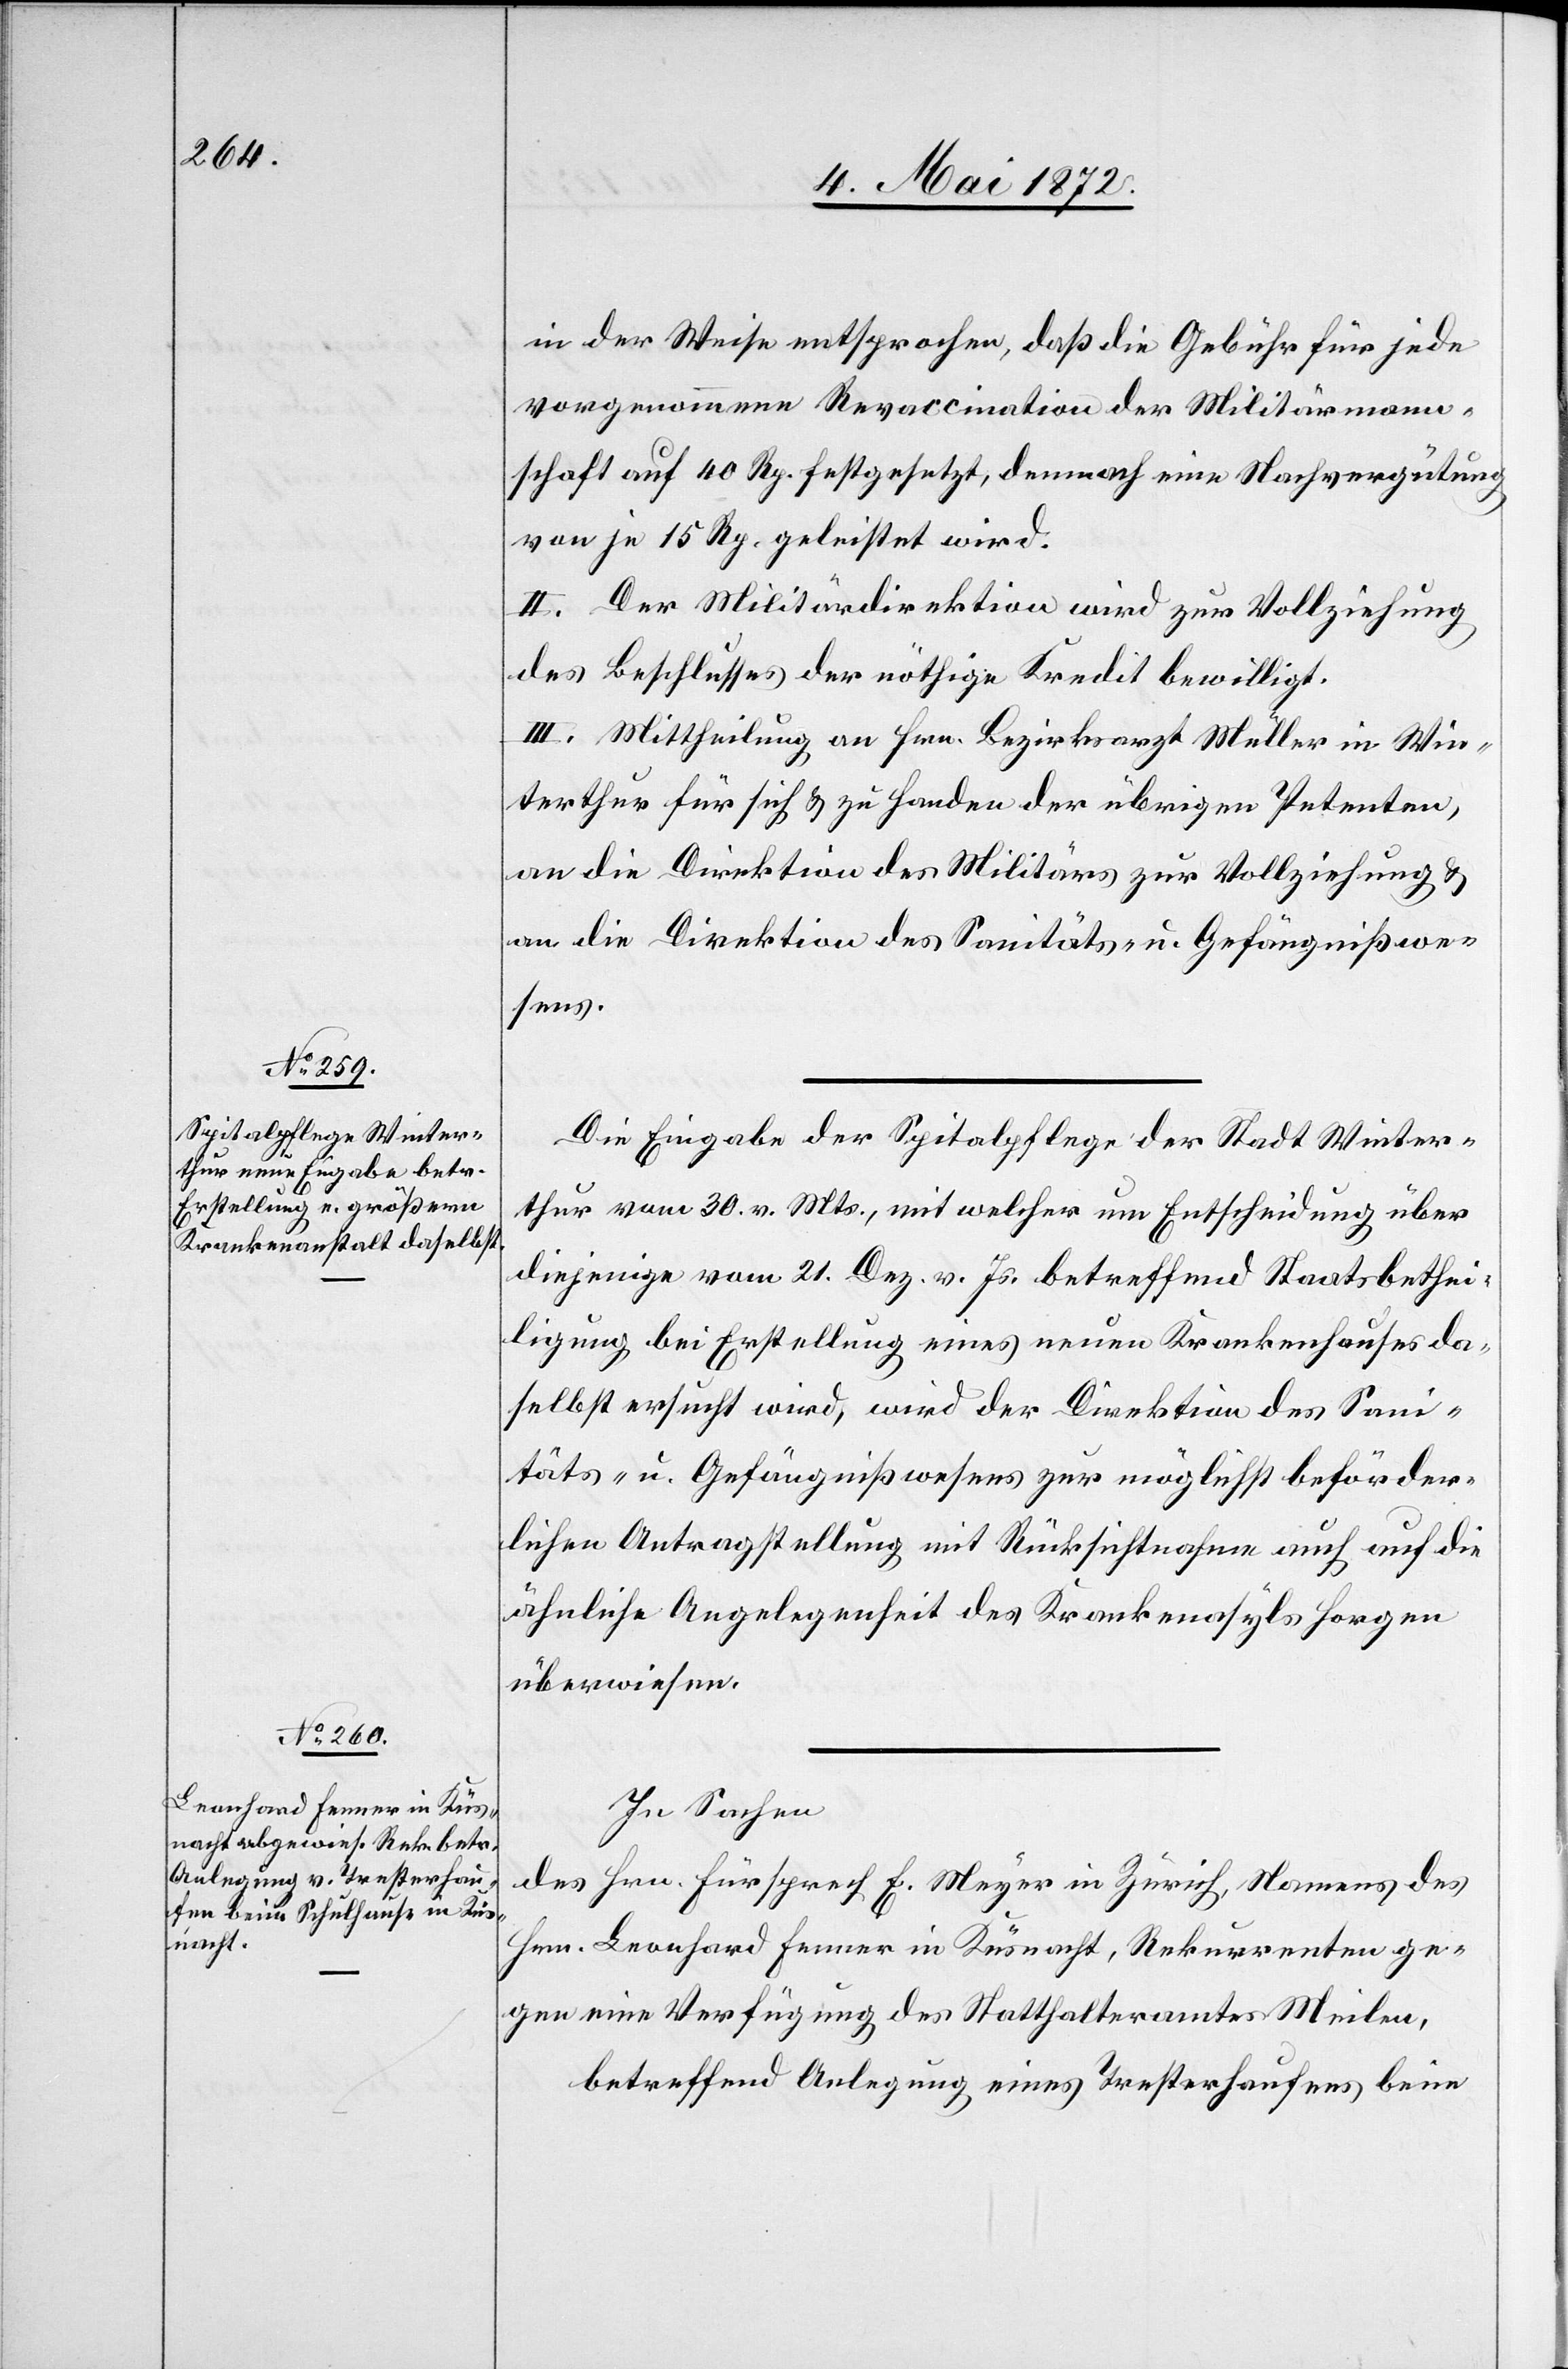
in der Weise entsprochen, daß die Gebühr für jede
vorgenommene Revaccination der Militärmann¬
schaft auf 40 Rp. festgesetzt, demnach eine Nachvergütung
von je 15 Rp. geleistet wird.
II. Der Militärdirektion wird zur Vollziehung
des Beschlusses der nöthige Kredit bewilligt.
III. Mittheilung an Hrn. Bezirksarzt Müller in Win¬
terthur für sich u. zu Handen der übrigen Petenten,
an die Direktion des Militärs zur Vollziehung u.
an die Direktion des Sanitäts- u. Gefängnißwe¬
sens.
Die Eingabe der Spitalpflege der Stadt Winter¬
thur vom 30. v. Mts., mit welcher um Entscheidung über
diejenige vom 21. Dez. v. Js. betreffend Staatsbethei¬
ligung bei Erstellung eines neuen Krankenhauses da¬
selbst ersucht wird, wird der Direktion des Sani¬
täts- u. Gefängnißwesens zur möglichst beförder¬
lichen Antragstellung mit Rücksichtnahme auch auf die
ähnliche Angelegenheit des Krankenasyls Horgen
überwiesen.
In Sachen
des Hrn. Fürsprech E. Meyer in Zürich, Namens des
Hrn. Leonhard Fenner in Küsnacht, Rekurrenten ge¬
gen eine Verfügung des Statthalteramtes Meilen,
betreffend Anlegung eines Tresterhaufens beim